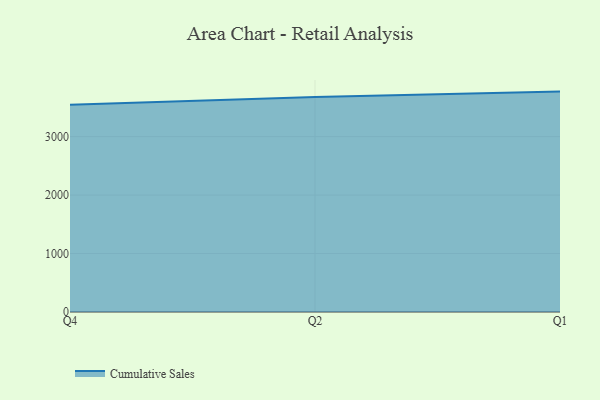
{"axis": {"x": "Quarter", "y": "Customer Acquisition Cost (USD)"}, "legend": ["Cumulative Sales"], "data": [{"x": "Q4", "y": 3544.6, "type": "Cumulative Sales"}, {"x": "Q2", "y": 3678.0, "type": "Cumulative Sales"}, {"x": "Q1", "y": 3770.0, "type": "Cumulative Sales"}]}